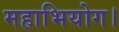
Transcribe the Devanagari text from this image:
महाभियोग।